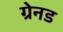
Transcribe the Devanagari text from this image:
ग्रेनड